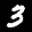
Label: 3